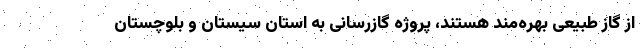
از گاز طبیعی بهره‌مند هستند، پروژه گازرسانی به استان سیستان و بلوچستان